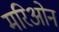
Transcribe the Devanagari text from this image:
मरिओन